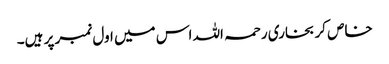
خاص کر بخاری رحمہ اللہ اس میں اول نمبر پر ہیں۔